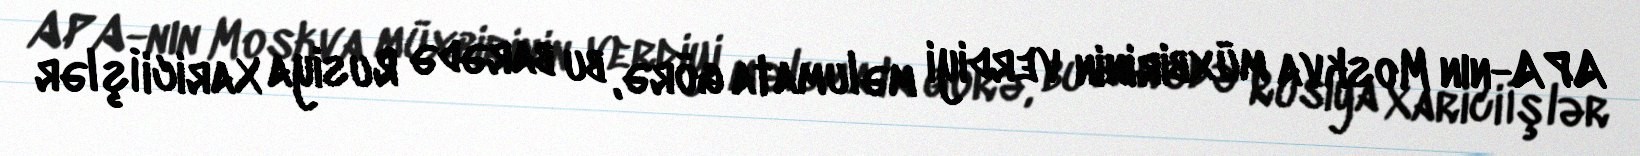
APA-nın Moskva müxbirinin verdiyi məlumata görə, bu barədə Rusiya Xarici İşlər